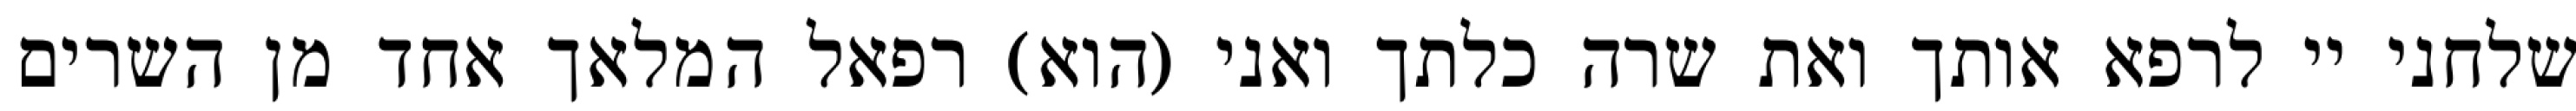
שלחני יי לרפא אותך ואת שרה כלתך ואני (הוא) רפאל המלאך אחד מן השרים